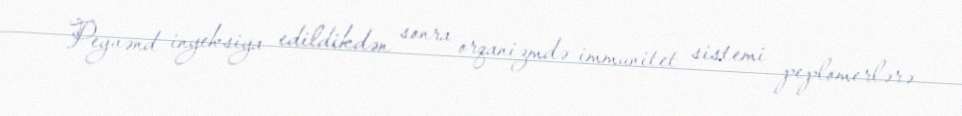
Peyvənd inyeksiya edildikdən sonra orqanizmdə immunitet sistemi peplomerlərə